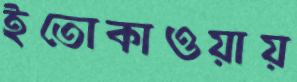
ইতোকাওয়ায়